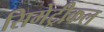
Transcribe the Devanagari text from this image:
सिमेट्रीकल